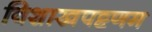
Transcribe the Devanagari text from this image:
विशाखपट्टणम